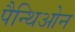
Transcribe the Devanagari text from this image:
पैन्थिओन